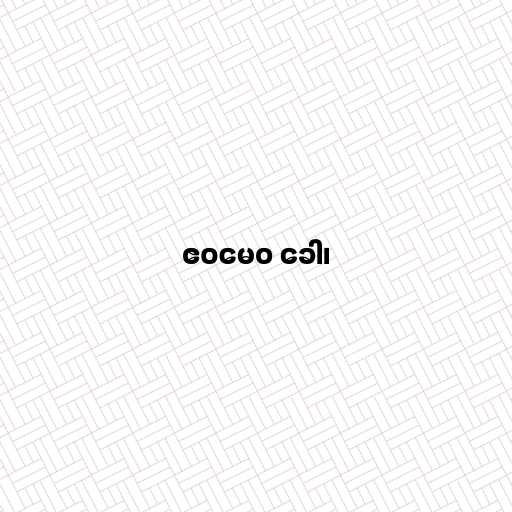
ဧဝမေဝ ခေါ၊